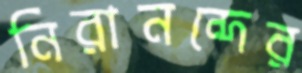
নিরানন্দের